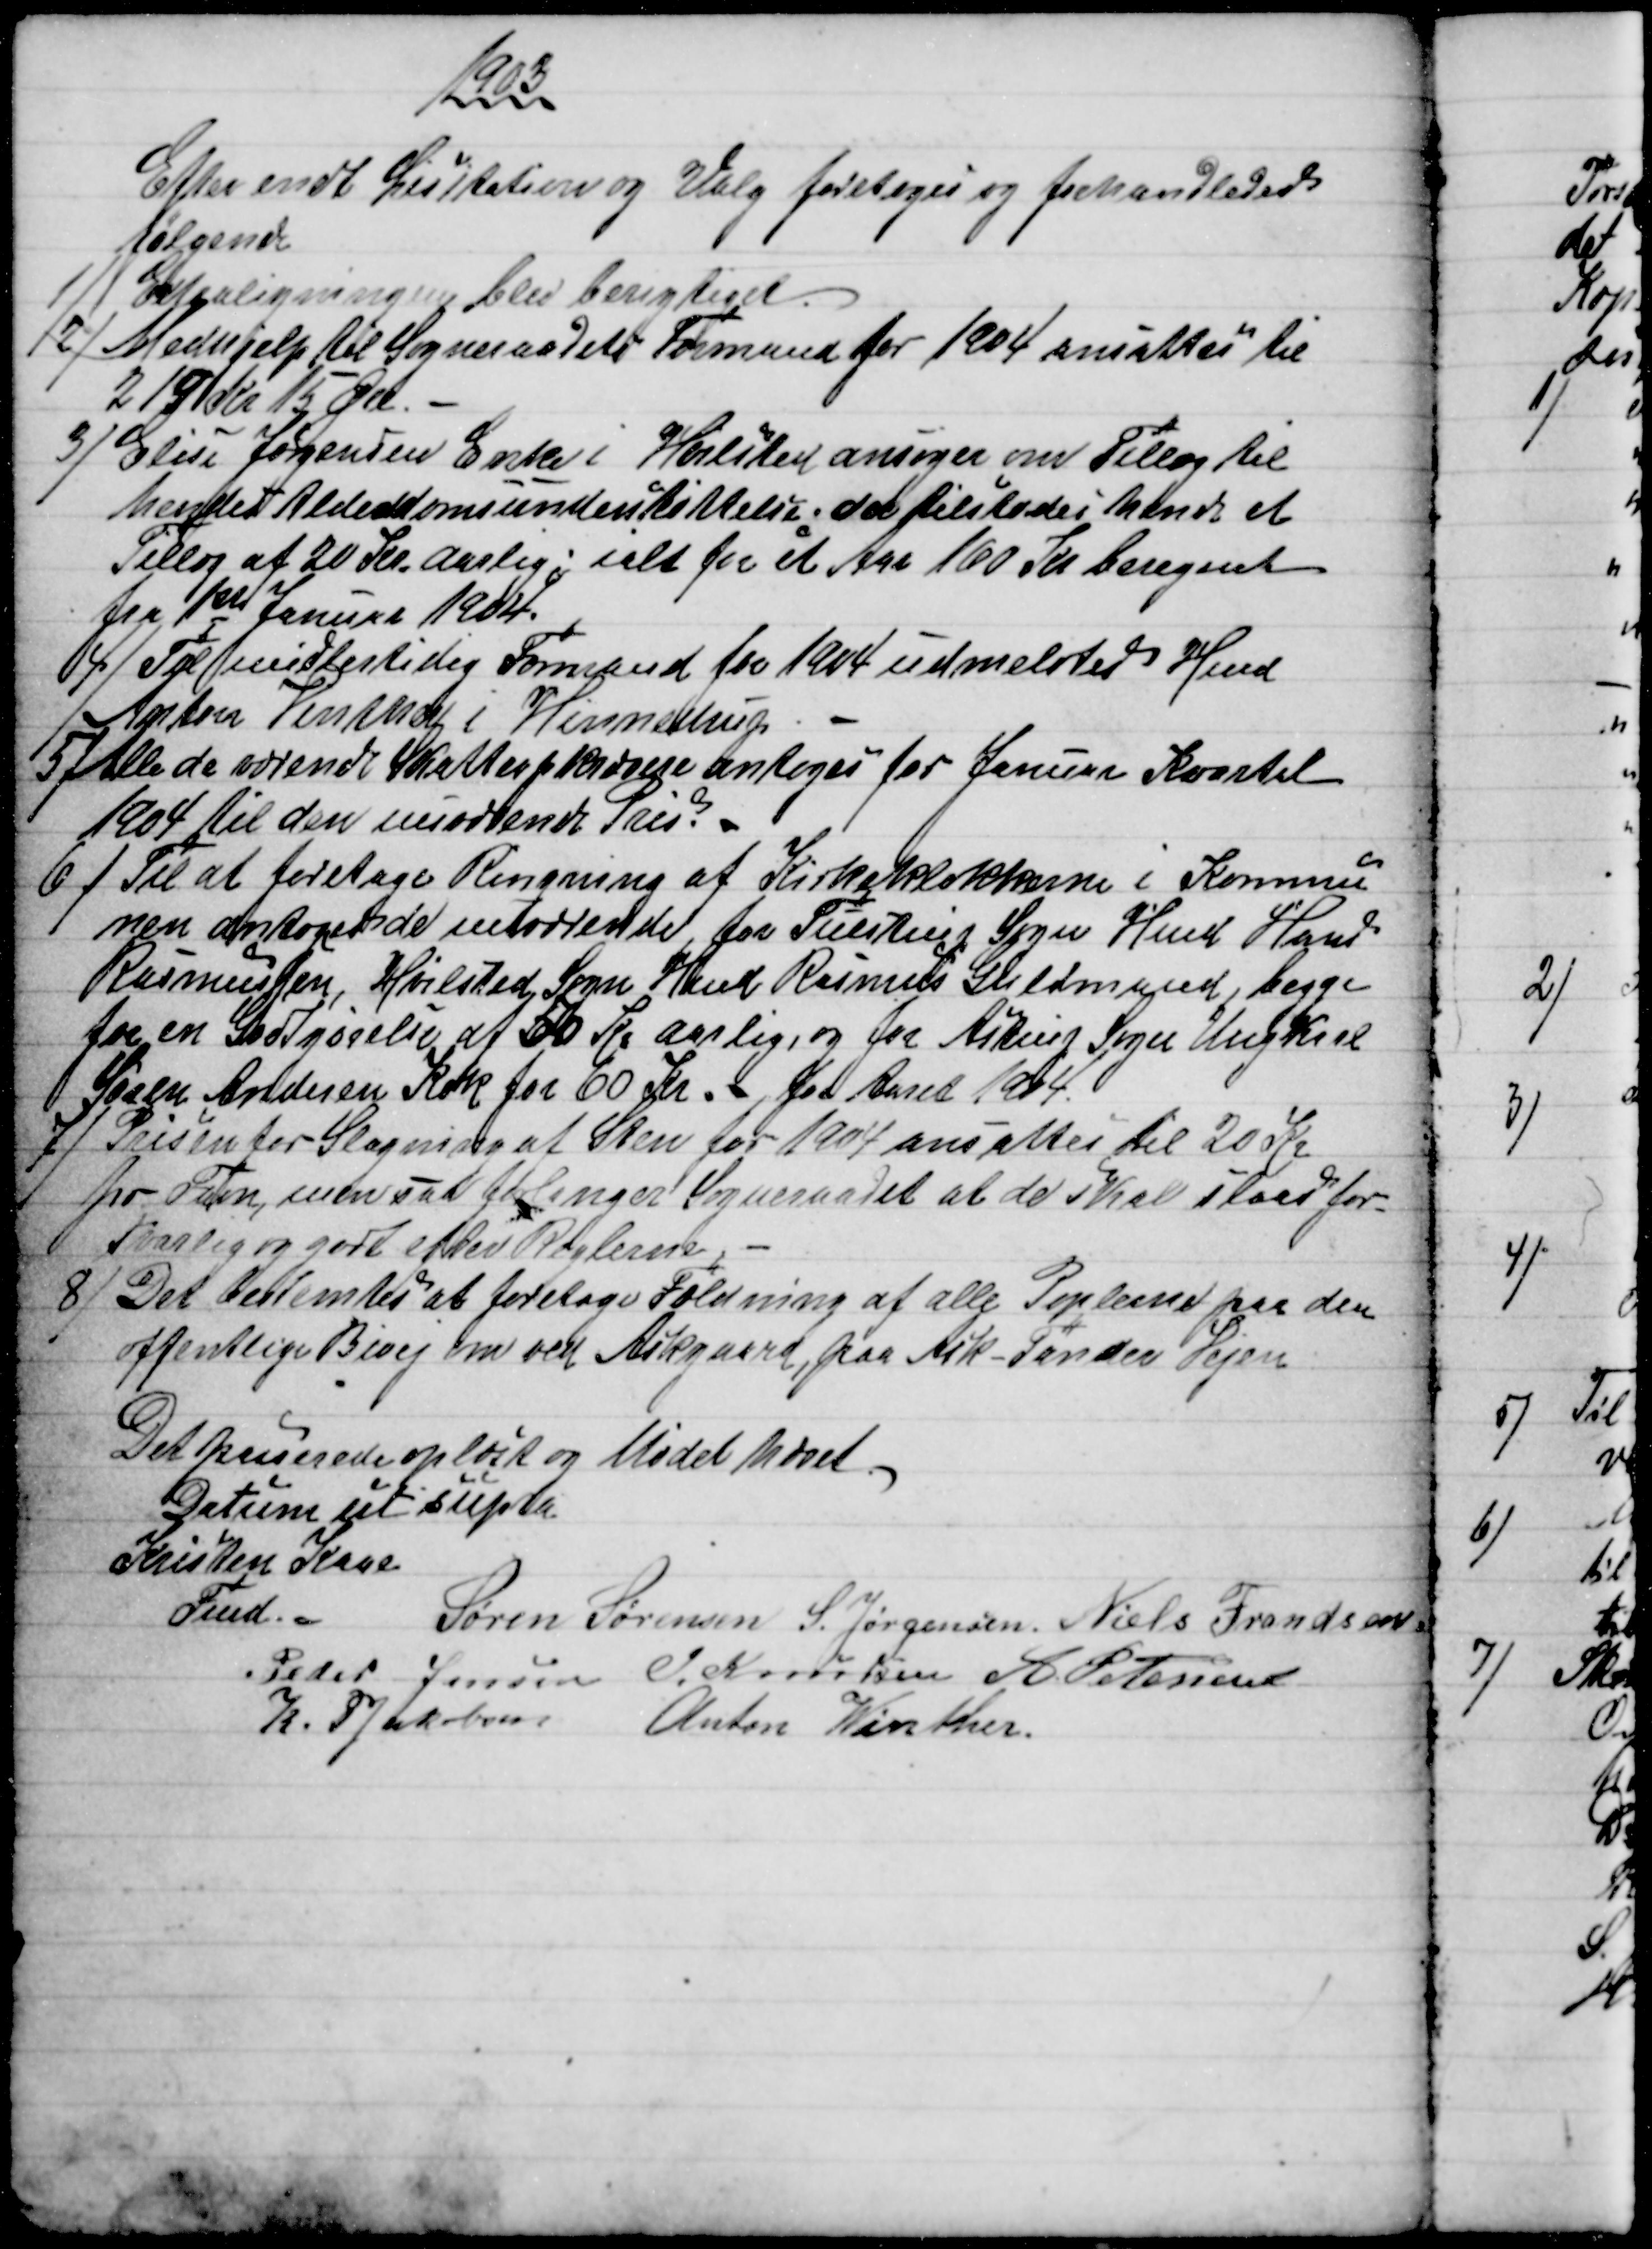
Transskription:
1903
Efter endt Licitation og Valg foretoges og forhandledes
følgende
1)
Extraligningen blev berigtiget.
2)
Medhjelp til Sogneraadets Formand for 1904 ansattes til
219 Kr 15 Øre.
3) 
Elise Jørgensen Enke i Hvilsted ansøger om Tillæg til
hendes Alderdomsunderstøttelse; der tilstodes hende et
Tillæg af 20 Kr. aarlig; ialt for et Aar 160 Kr beregnet
fra 1ste Januar 1904.
4) 
Til midlertidig Formand for 1904 udmeldtes Hmd
Anton Vinther i Hinnedrup. 
5)
 Alle de værende Skatteopkrævere antoges for Januar Kvartal
1904 til den nuværende Pris.
6) 
Til at foretage Ringning af Kirkeklokkerne i Kommu
nen antoges de nuværende for Tulstrup Sogn Hmd Hans
Rasmussen, Hvilsted Sogn Hmd Rasmus Guldmand, begge
for en Godtgørelse af 50 Kr aarlig, og for Astrup Sogn Ungkarl
Søren Andersen Kok for 60 Kr.  for Aaret 1904.
7)
Prisen for Slagning af Sten for 1904 ansattes til 20 Kr
pr Favn, men saa forlanger Sogneraadet at de skal slaas for-
svarlig og godt efter Reglerne.
8)
Det bestemtes at foretage Fældning af alle Poplerne paa den
offentlige Bivej om ved Askgaard, paa Ask - Tander Vejen
Det passerede oplæst og Mødet hævet.
Datum ut supra
Kristen Kaae
Fmd.
Søren Sørensen S. Jørgensen. Niels Frandsen
Peder Jensen J. Knudsen  A. Petersen
K. P. Jakobsen Anton Winther